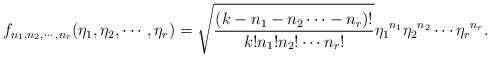
LaTeX: \begin{align*}f_{n_1,n_2, \cdots, n_r }(\eta_1, \eta_2, \cdots, \eta_r) = \sqrt{\frac{(k-n_1-n_2\cdots - n_r)!}{k!n_1!n_2!\cdots n_r!}} {{\eta_1}}^{n_1} {{\eta_2}}^{n_2}\cdots {{\eta_r}}^{n_r}.\end{align*}